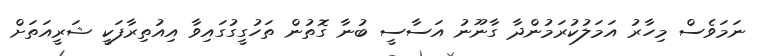
ނަމަވެސް މިހާރު އަމަލުކުރަމުންދާ ގާނޫނު އަސާސީ ބުނާ ގޮތުން ތަހުގީގުގައިވާ އިއުތިރާފަކީ ޝަރީއަތަށް